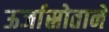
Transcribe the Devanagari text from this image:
ऊर्जास्रोताने